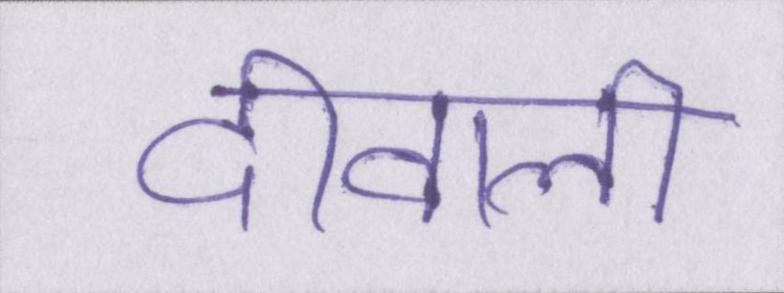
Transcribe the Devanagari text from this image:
दीवाली